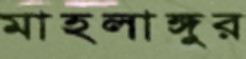
মাহলাঙ্গুর